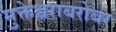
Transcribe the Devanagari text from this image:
मुक्तेश्वराबरोबर